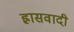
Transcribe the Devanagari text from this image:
ह्रासवादी